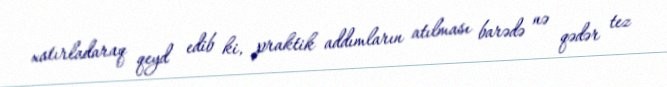
xatırladaraq qeyd edib ki, praktik addımların atılması barədə nə qədər tez